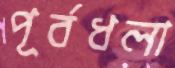
পূর্বধলা